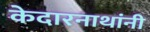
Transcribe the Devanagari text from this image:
केदारनाथांनी